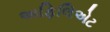
અફિલિએટ